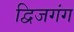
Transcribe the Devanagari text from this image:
द्विजगंग